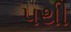
૫થી